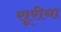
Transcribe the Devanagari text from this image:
सूरीया